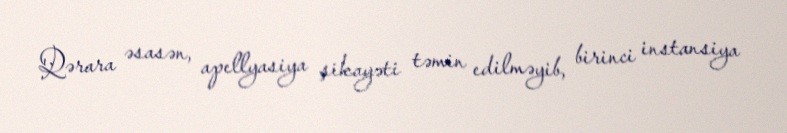
Qərara əsasən, apellyasiya şikayəti təmin edilməyib, birinci instansiya